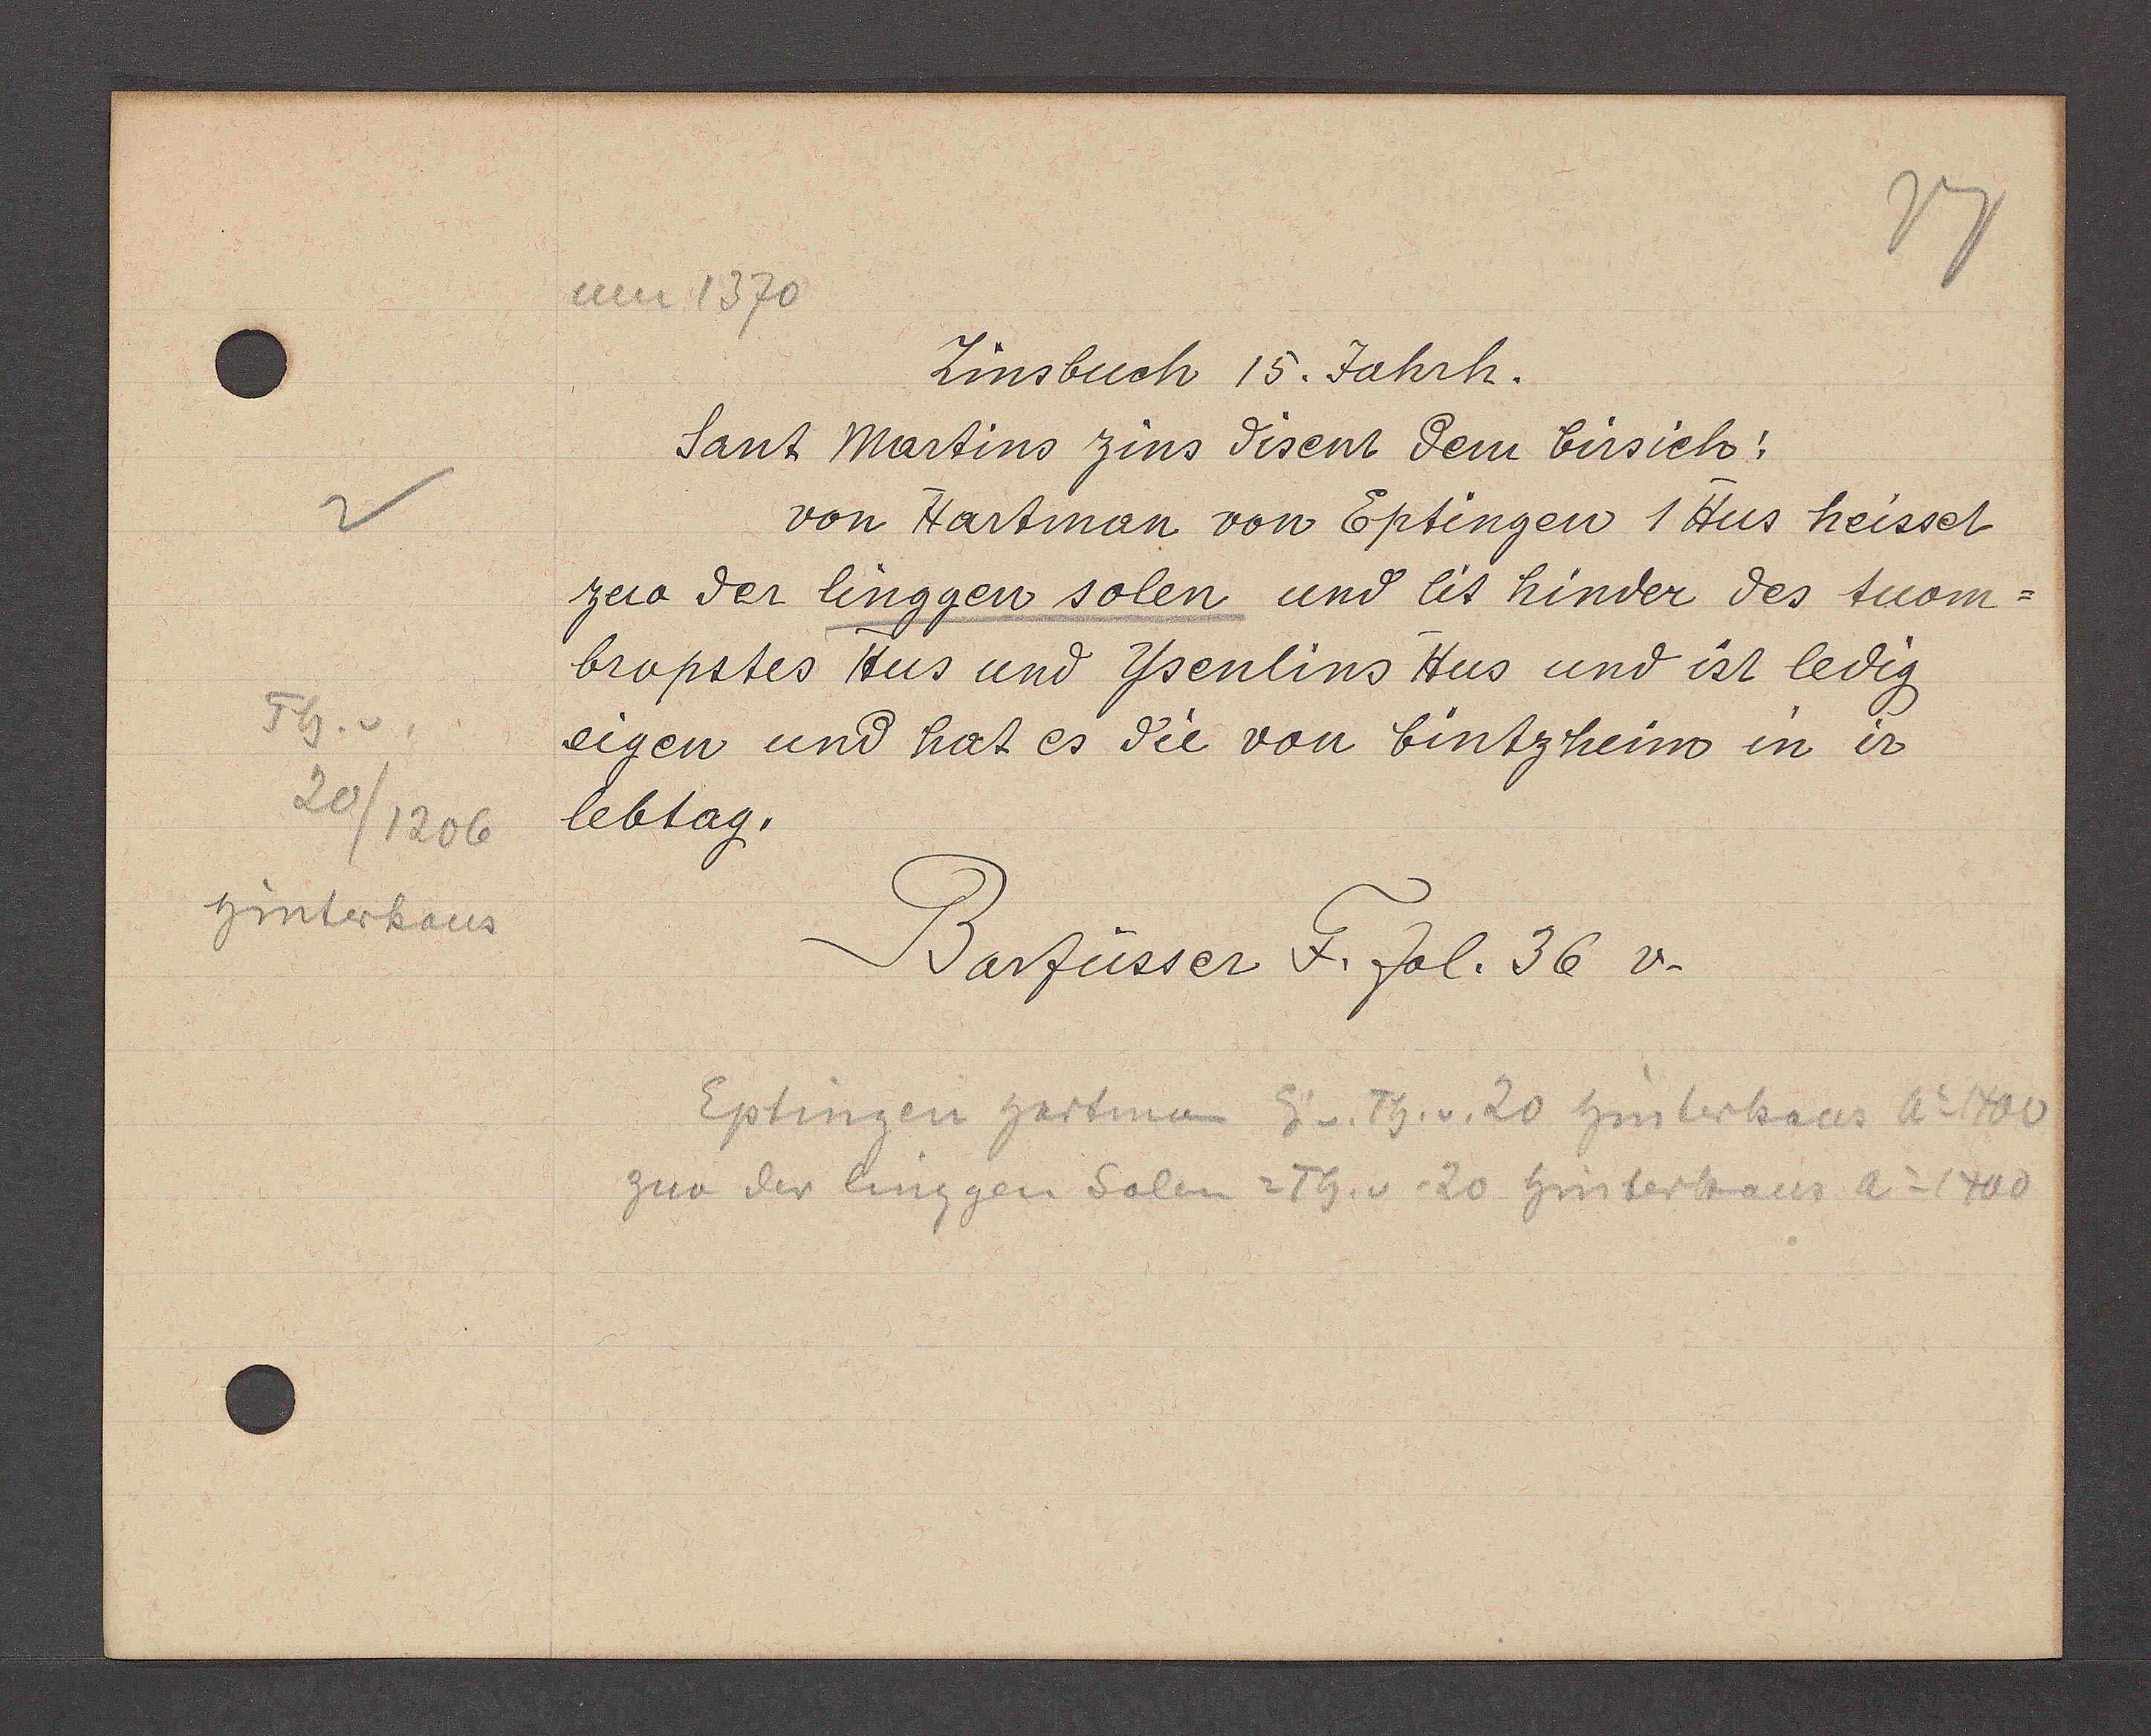
Transcript:
Th. v
20/1206
hinterhaus

um 1370

Zinsbuch 15. Jahrh.
Sant Martins zins disent dem birsich:
von Hartman von Eptingen 1 Hus heisset

zero der linggen solen und lit hinder des tuom¬
bropstes Hus und Ysenlins Hus und ist ledig
eigen und hat es die von bintzheim in ir
lebtag.

Barfüsser F. fol. 36 v.

Eptingen hartman Eig v. Th. v. 20 hinterhaus Ao 1400
zur der linggen Solen = Th. v. 20 hinterhaus Ao 1400